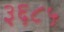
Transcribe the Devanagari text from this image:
३६८५